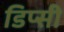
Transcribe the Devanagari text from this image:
डिप्सी